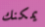
يمكنك